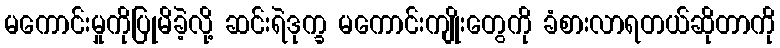
မကောင်းမှုကိုပြုမိခဲ့လို့ ဆင်းရဲဒုက္ခ မကောင်းကျိုးတွေကို ခံစားလာရတယ်ဆိုတာကို